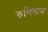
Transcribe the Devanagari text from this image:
रुनिवाड